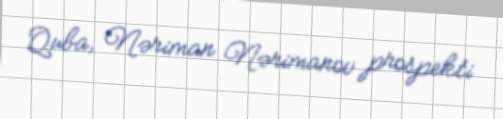
Quba, Nəriman Nərimanov prospekti